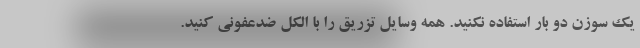
یک سوزن دو بار استفاده نکنید. همه وسایل تزریق را با الکل ضدعفونی کنید.